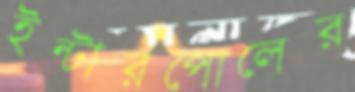
ইন্টারপোলের